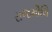
રાજમૌલિ